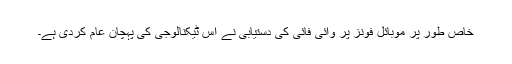
خاص طور پر موبائل فونز پر وائی فائی کی دستیابی نے اس ٹیکنالوجی کی پہچان عام کردی ہے۔